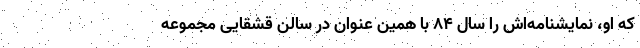
که او، نمایشنامه‌اش را سال ۸۴ با همین عنوان در سالن قشقایی مجموعه